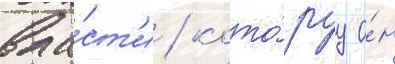
вла́ст'и / кото́руу о́н